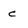
Character: c